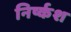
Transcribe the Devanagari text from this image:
निर्ष्कश